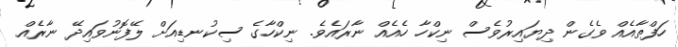
ހަފްތާއެއް ވެގެން ދިޔައިރުވެސް ނިކްހާ ހެއެއް ނާރައެވެ. ނިކްހާގެ ސިކުނޑިއަށް ލޭފޮނުވައިދޭ ނާރެއް